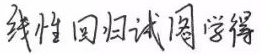
线性回归试图学得